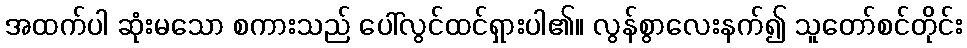
အထက်ပါ ဆုံးမသော စကားသည် ပေါ်လွင်ထင်ရှားပါ၏။ လွန်စွာလေးနက်၍ သူတော်စင်တိုင်း